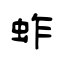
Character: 蚱